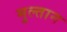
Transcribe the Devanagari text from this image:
मुल्‍तान